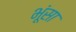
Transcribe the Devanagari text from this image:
भूंसा